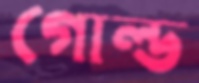
গোল্ড